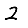
Digit: 2